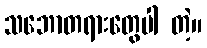
သဘောတရားတွေပါ တဲ့။